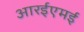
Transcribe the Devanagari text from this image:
आरईएमई